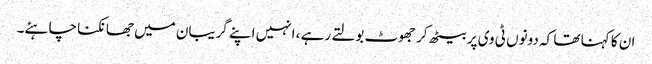
ان کا کہنا تھا کہ دونوں ٹی وی پر بیٹھ کر جھوٹ بولتے رہے ، انہیں اپنے گریبان میں جھانکنا چاہئے۔